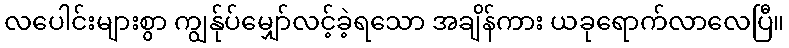
လပေါင်းများစွာ ကျွန်ုပ်မျှော်လင့်ခဲ့ရသော အချိန်ကား ယခုရောက်လာလေပြီ။